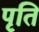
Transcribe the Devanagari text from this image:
पृति